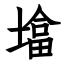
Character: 墖